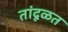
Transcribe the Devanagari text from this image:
तांदूळत